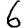
Digit: 6